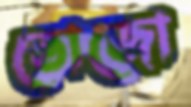
তোজো